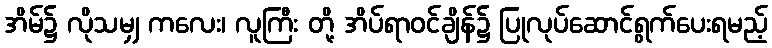
အိမ်၌ လိုသမျှ ကလေး၊ လူကြီး တို့ အိပ်ရာဝင်ချိန်၌ ပြုလုပ်ဆောင်ရွက်ပေးရမည့်